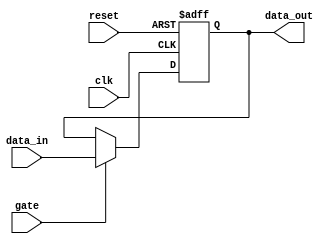
module gated_latch (
    input wire gate,
    input wire clk,
    input wire reset,
    input wire data_in,
    output reg data_out
);

always @(posedge clk, posedge reset)
begin
    if (reset)
        data_out <= 1'b0; // Clear stored data to predetermined value
    else if (gate)
        data_out <= data_in; // Propagate input data to output when gate is high
end

endmodule